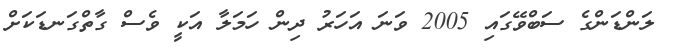
ލަންޑަންގެ ސަބްވޭގައި 2005 ވަނަ އަހަރު ދިން ހަމަލާ އަކީ ވެސް ގާތްގަނޑަކަށް